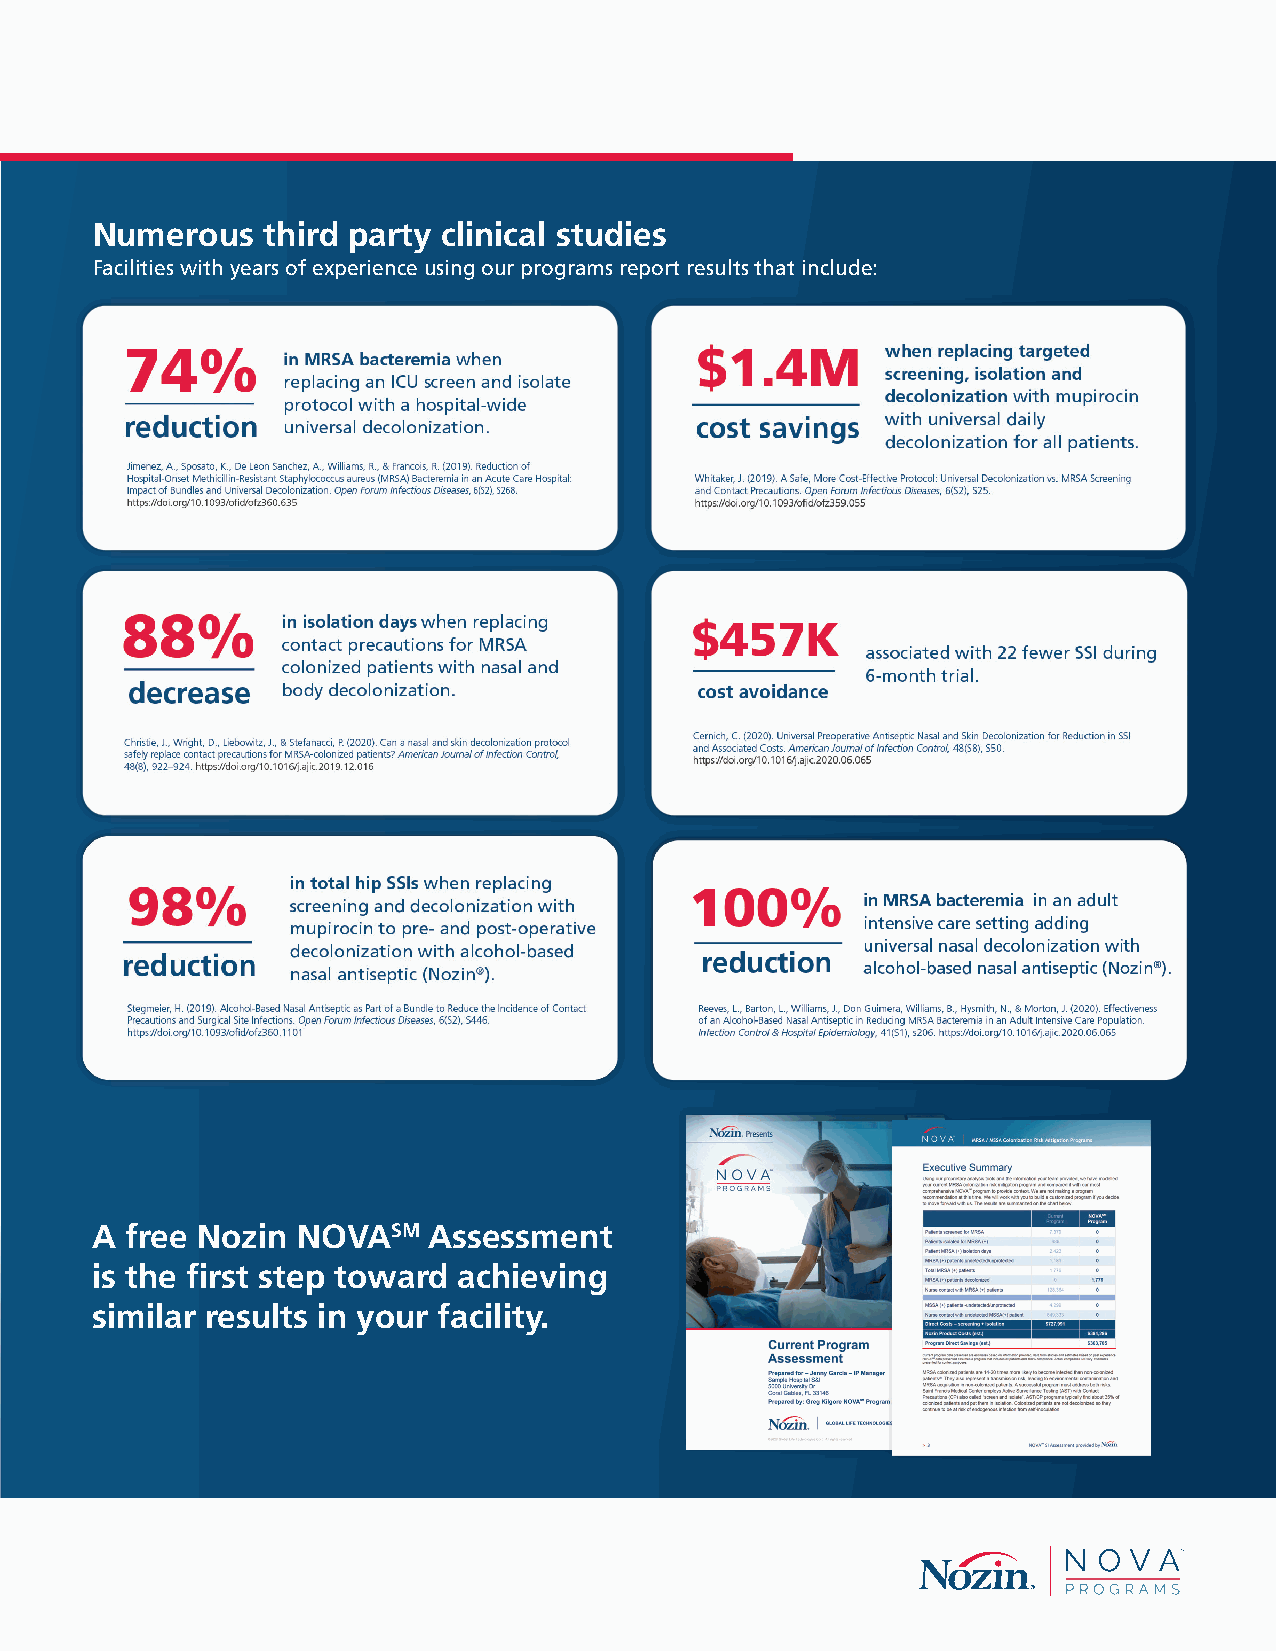
Nozin  introduces NOVASM  programs                   Numerous    third party clinical studies
 Facilities with years of experience using our programs report results that include:
 Proven MRSA / MSSA* Colonization Risk Mitigation
 Why do you need a colonization risk mitigation program?
 Data shows that nasal colonization is the #1 risk factor for MRSA
 infection. Colonized patients are 14 - 20 times more likely to
 become infected. Mitigating this risk is critical to reducing
 MRSA / MSSA infection rates in healthcare facilities.
 Studies have shown about 80% of S. aureus infections can be
 traced back to patients' own nasal bacteria colonization. The
 Centers for Disease Control and Prevention has reported nearly
 20,000 deaths from MRSA / MSSA infections in a single year.2
 The Nozin NOVASM approach
 Nozin, leader in developing and implementing MRSA / MSSA
 colonization risk mitigation programs, presents NOVASM, a
 proprietary suite of tools and services, guided by experienced
 consultants and proven to reduce infection risks while
 improving patient care.
 Healthcare facilities utilize Nozin NOVA tools and services to
 help design, execute and sustain their programs. Independent
 published studies citing improved patient outcomes, lower costs
 and reduced staff burden support this approach.
 Clinical evidence of efficacy
 Reported outcomes from hospitals using these programs include
 reduction of MRSA infection risks by up to 96%, decreased use
 of contact precautions by 40% and savings up to $1.4 million in
 a year.2
 NOVA programs utilize Active Source ControlSM strategies
 Active Source ControlSM is defined as attacking pathogens at
 their source and includes use of Nozin® Nasal Sanitizer®
 A  free Nozin NOVASM   Assessment
 antiseptic to decolonize patients. Facilities implementing Active
 Source Control report better infection reductions versus the is the first step toward achieving
 traditional Active Surveillance Testing / Contact Precautions similar results in your facility.
 strategies they are replacing.
 Multiple recent studies demonstrate that Active Source ControlSM
 based programs not only reduce infections, they also reduce
 direct costs. And with the support of the Nozin NOVASM team,
 program design and implementation are no longer a heavy task.
 **MRSA: methicillin-resistantS taphylococcus aureus. MSSA: methicillin-susceptible Staphylococcus aureus.
 19317-001 NOZ_2021_4_pg_R5_1NOV4B0716 3-4                                                                                                                        77//71/62/12 1 5 :51:01 0P PMM